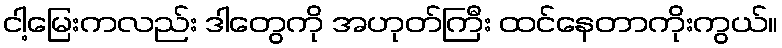
ငါ့မြေးကလည်း ဒါတွေကို အဟုတ်ကြီး ထင်နေတာကိုးကွယ်။